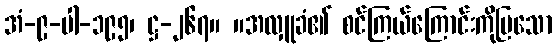
အံ-၉-ပါ-၁၉၅၊ ဋ္ဌ-၂၆၇။ ။အလှူခံ၏ စင်ကြယ်ကြောင်းကိုပြသော